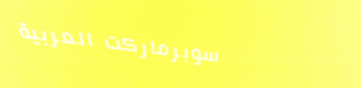
سوبرماركت العربية